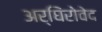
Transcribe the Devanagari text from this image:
अर्घिंरोवेद